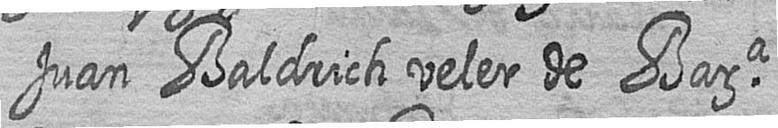
Juan Baldrich veler de Bara